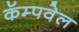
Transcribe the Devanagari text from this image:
कॅम्पवेल